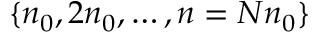
\{ n _ { 0 } , 2 n _ { 0 } , \dots , n = N n _ { 0 } \}